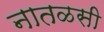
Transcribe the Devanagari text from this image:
नातळसी